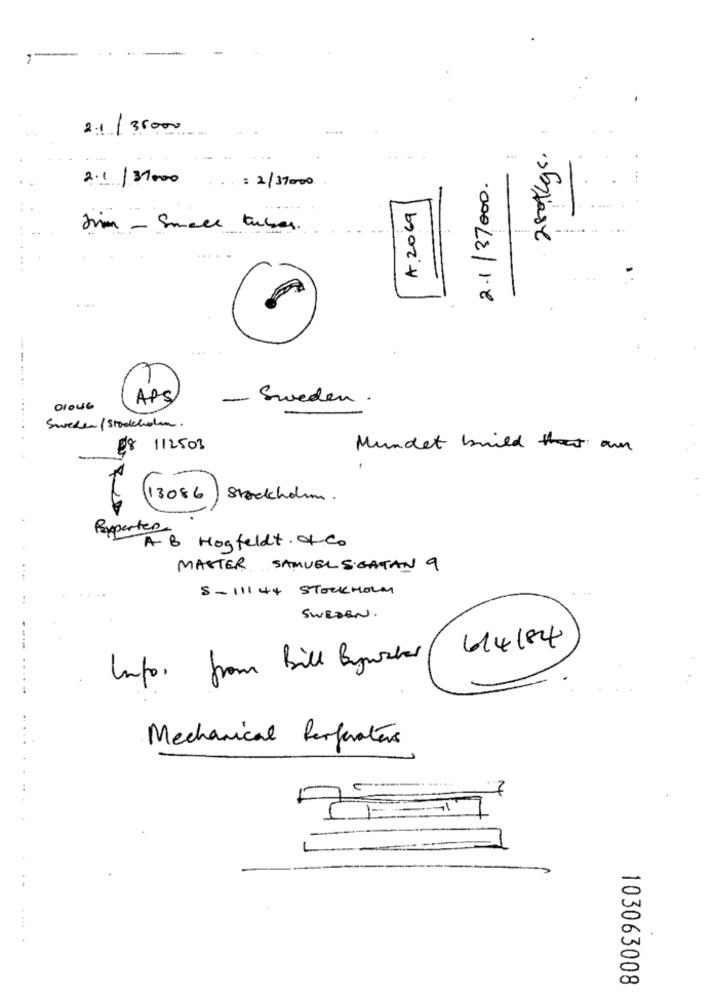
--
2.1 /35000
.....
2.1 /31000
2.1/37000.
...= 2/37000
A. 2069
Jim - Small tubes.
< -
....
APS
- Sweden .
01046
.... ...
Sweden/Stockholm.
E8 112503
Mundet build tan
(13086/ Stockholm.
Pexperter
AB Hosfeldt. Co
MASTER SAMUEL S GATAN 9
8-11144 STOCKHOLM
SWEDEN.
614184
Infor from Bill Bywater
..
Mechanical Perforaters
7
103063008